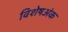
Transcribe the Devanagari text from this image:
विशेषअंक